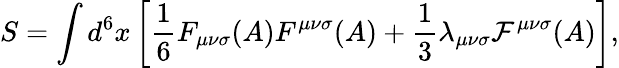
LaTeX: S=\int d^{6}x\left[{\frac 16}F_{{\mu}{\nu}{\sigma}}(A)F^{{\mu}{\nu}{\sigma}}(A)+{\frac 13}{\lambda}_{{\mu}{\nu}{\sigma}}{\cal F}^{{\mu}{\nu}{\sigma}}(A)\right],